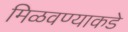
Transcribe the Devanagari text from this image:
मिळवण्याकडे